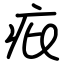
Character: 疪